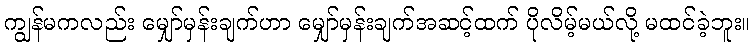
ကျွန်မကလည်း မျှော်မှန်းချက်ဟာ မျှော်မှန်းချက်အဆင့်ထက် ပိုလိမ့်မယ်လို့ မထင်ခဲ့ဘူး။